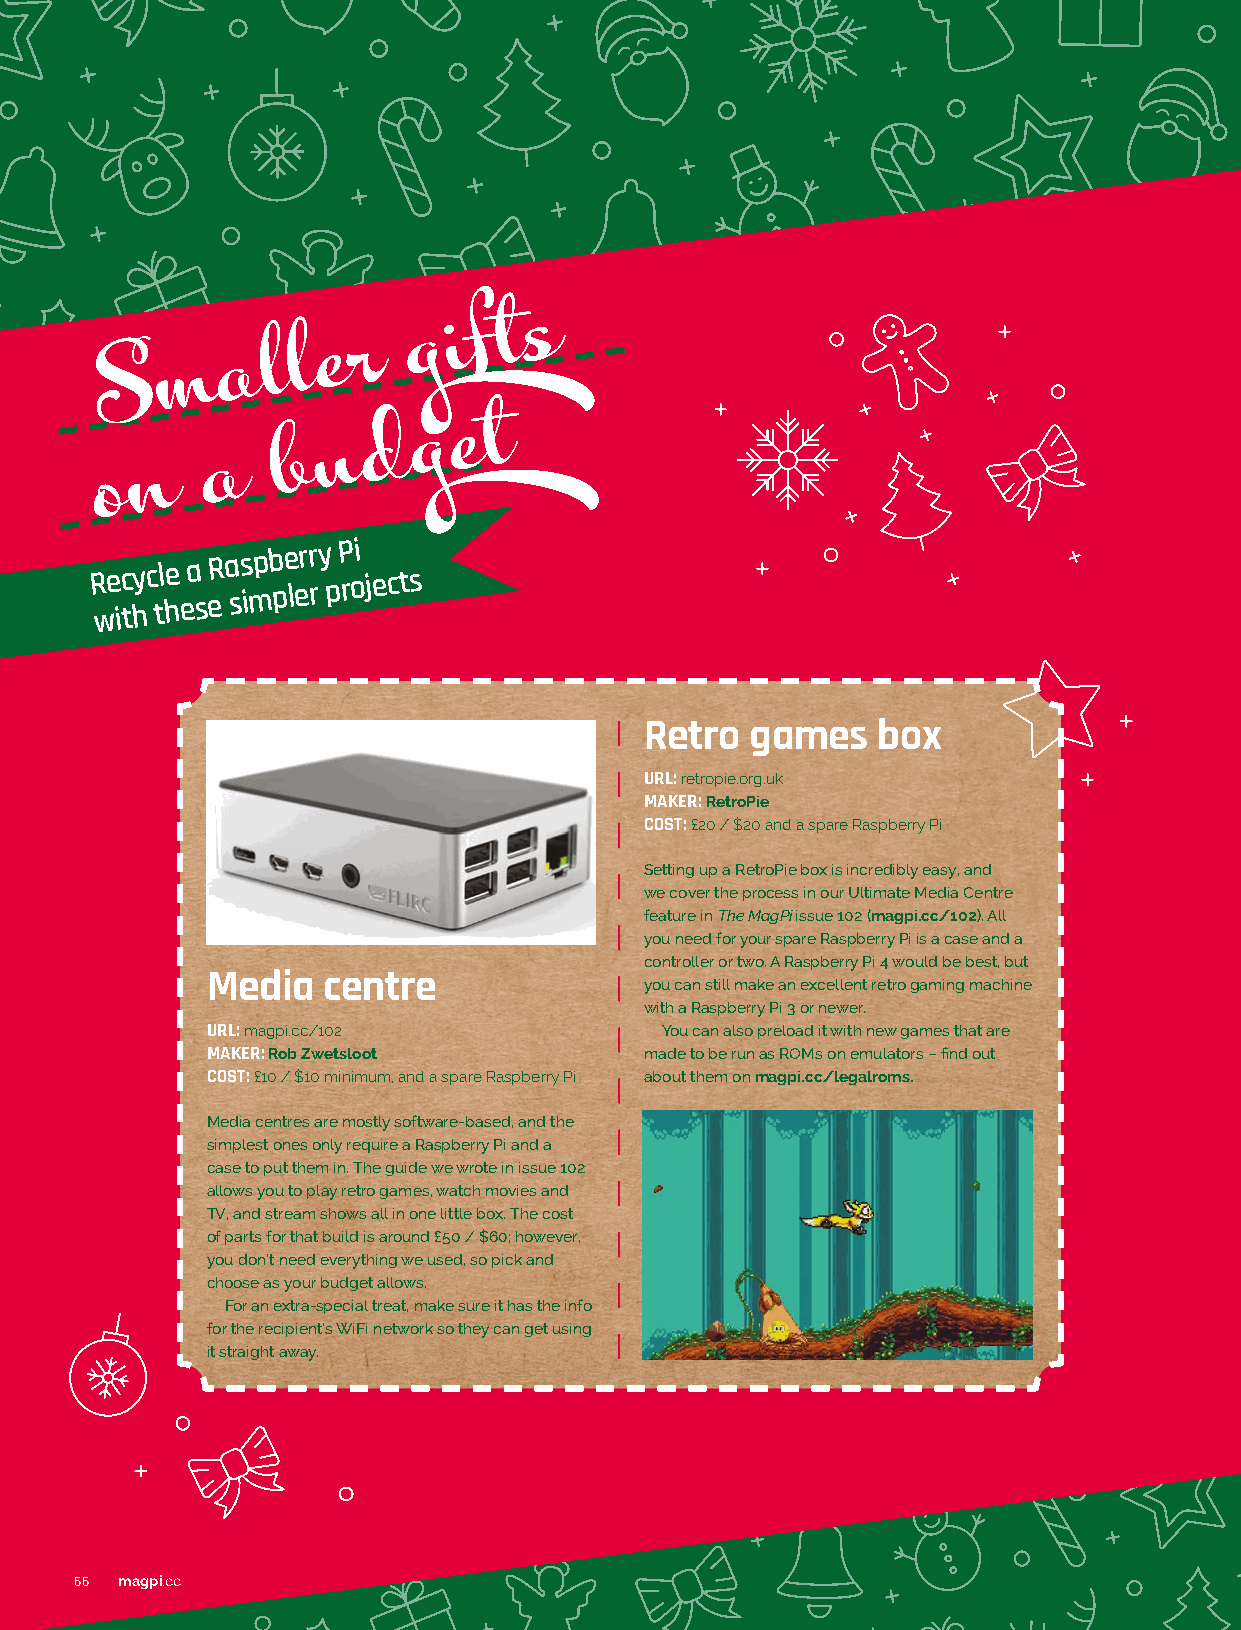
m   a  l l e r
 g  i f t s
 S
 d  g  e t
 u
 n
 a
 b
 o
 R we ic thyc tl he ea
 s
 eR a ss impb pe lerr ry
 p
 P roi jects
 Retro  games   box
 URL: retropie.org.uk
 MAKER: RetroPie
 COST: £20 / $20 and a spare Raspberry Pi
 Setting up a RetroPie box is incredibly easy, and
 we cover the process in our Ultimate Media Centre
 feature in The MagPi issue 102 (magpi.cc/102). All
 you need for your spare Raspberry Pi is a case and a
 controller or two. A Raspberry Pi 4 would be best, but
 Media  centre
 you can still make an excellent retro gaming machine
 with a Raspberry Pi 3 or newer.
 URL: magpi.cc/102             You can also preload it with new games that are
 MAKER: Rob Zwetsloot         made to be run as ROMs on emulators – find out
 COST: £10 / $10 minimum, and a spare Raspberry Pi about them on magpi.cc/legalroms.
 Media centres are mostly software-based, and the
 simplest ones only require a Raspberry Pi and a
 case to put them in. The guide we wrote in issue 102
 allows you to play retro games, watch movies and
 TV, and stream shows all in one little box. The cost
 of parts for that build is around £50 / $60; however,
 you don’t need everything we used, so pick and
 choose as your budget allows.
 For an extra-special treat, make sure it has the info
 for the recipient’s WiFi network so they can get using
 it straight away.
 66 magpi.cc